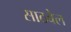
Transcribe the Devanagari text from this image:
साठवेल